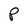
Character: P